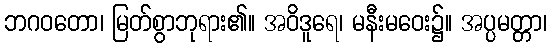
ဘဂဝတော၊ မြတ်စွာဘုရား၏။ အဝိဒူရေ၊ မနီးမဝေး၌။ အပ္ပမတ္တာ၊